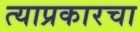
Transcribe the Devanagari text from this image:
त्याप्रकारचा